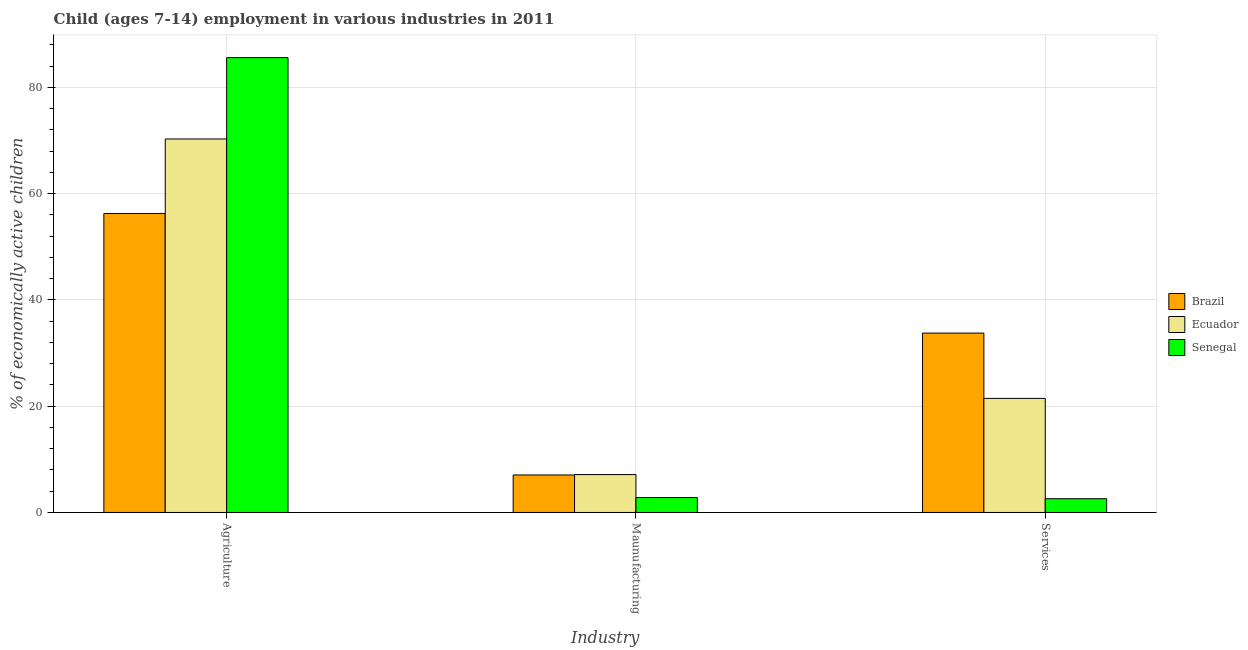
| Industry | Brazil | Ecuador | Senegal |
 | --- | --- | --- | --- |
 | Agriculture | 56.3 | 70.3 | 85.6 |
 | Maunufacturing | 7.06 | 7.13 | 2.81 |
 | Services | 33.8 | 21.5 | 2.59 |